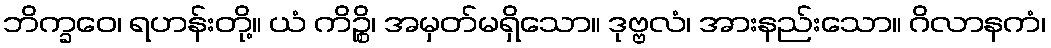
ဘိက္ခဝေ၊ ရဟန်းတို့။ ယံ ကိဉ္စိ၊ အမှတ်မရှိသော။ ဒုဗ္ဗလံ၊ အားနည်းသော။ ဂိလာနကံ၊